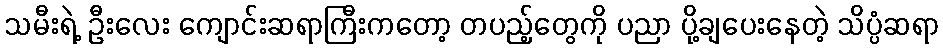
သမီးရဲ့ ဦးလေး ကျောင်းဆရာကြီးကတော့ တပည့်တွေကို ပညာ ပို့ချပေးနေတဲ့ သိပ္ပံဆရာ